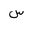
Letter: _sin